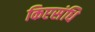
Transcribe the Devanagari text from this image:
किएसंधि